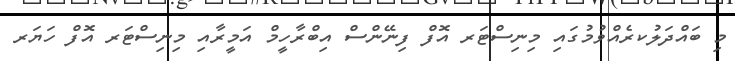
މި ބައްދަލުކރެއްވުމުގައި މިނިސްޓަރ އޮފް ފިނޭންސް އިބްރާހީމް އަމީރާއި މިނިސްޓަރ އޮފް ހަޔަރ